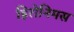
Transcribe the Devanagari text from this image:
हिरोनिमस